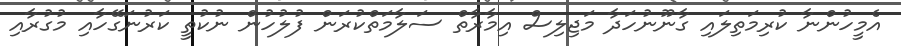
އެމީހުންނާ ކުރިމަތިލައި ގާނޫނުހަދާ މަޖިލިސް އިމާރާތް ސަލާމަތްކުރަން ފުލުހުން ނުކުތީ ކަރުނަގޭހާއި މުގުރާއި